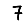
Digit: 7